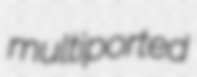
multiported